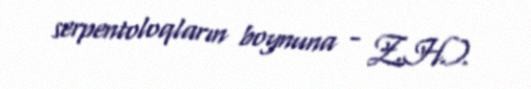
serpentoloqların boynuna - Z.H.).